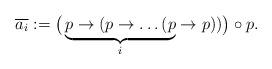
LaTeX: \begin{align*} \overline{a_i} := \big(\underbrace{p \to (p \to \dots (p}_i \to p ))\big) \circ p.\end{align*}